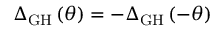
{ \Delta _ { \mathrm { { G H } } } } \left( \theta \right) = - { \Delta _ { \mathrm { { G H } } } } \left( { - \theta } \right)